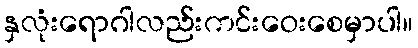
နှလုံးရောဂါလည်းကင်းဝေးစေမှာပါ။